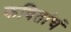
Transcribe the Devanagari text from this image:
कवितांचं